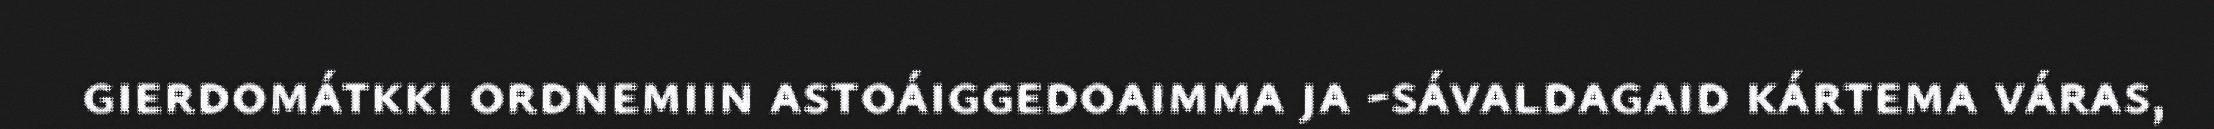
gierdomátkki ordnemiin astoáiggedoaimma ja -sávaldagaid kártema váras,